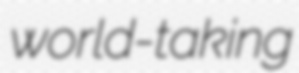
world-taking